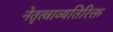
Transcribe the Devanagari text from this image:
नेतृत्वाव्यतिरिक्त